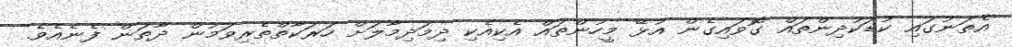
އެތަނުގައި ކުޑަކުދިންތައް ގޮވައިގެން އުޅޭ މީހުންތައް އެކިއެކި ދިމަދިމާލަށް ހަރަކާތްތެރިވަމުން ދާތަން ފެނެއެވެ.